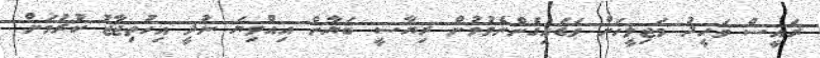
ރައީސް ވަހީދު މަޖިލީހަށް ވަޑައިގެންނެވުމުން ރިޔާސީ ބަޔާން އިއްވިޔަ ނުދީ އިހުތިޖާޖު ކުރުމަށް